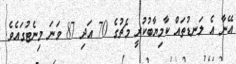
އޭނާ އެ ލަނޑުތައް ކާމިޔާބުކުރީ މެޗުގެ 70 އަދި 87 ވަނަ މިނެޓުގައެވެ.